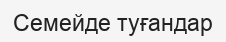
Семейде туғандар